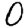
Digit: 0